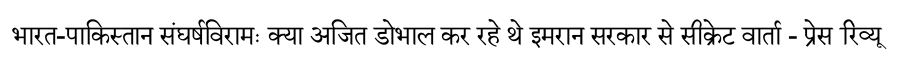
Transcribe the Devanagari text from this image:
भारत-पाकिस्तान संघर्षविरामः क्या अजित डोभाल कर रहे थे इमरान सरकार से सीक्रेट वार्ता - प्रेस रिव्यू